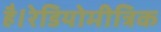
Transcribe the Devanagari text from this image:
है।रेडियोमीत्रिक